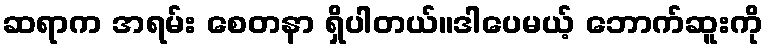
ဆရာက အရမ်း စေတနာ ရှိပါတယ်။ဒါပေမယ့် ဘောက်ဆူးကို